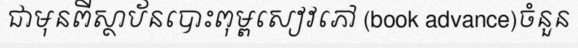
ជាមុនពីស្ថាប័នបោះពុម្ពសៀវភៅ (book advance)ចំនួន